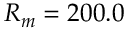
R _ { m } = 2 0 0 . 0